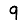
Digit: 9